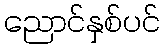
ညောင်နှစ်ပင်